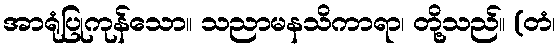
အာရုံပြုကုန်သော။ သညာမနသိကာရာ၊ တို့သည်။ (တံ၊